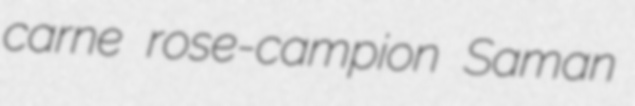
carne rose-campion Saman